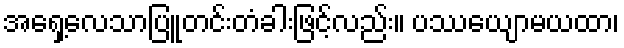
အရှေ့လေသာပြူတင်းတံခါးဖြင့်လည်း။ ပဿေယျာမယထာ၊